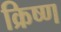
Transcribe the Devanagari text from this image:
क्रिष्ण